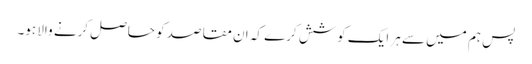
پس ہم میں سے ہر ایک کوشش کرے کہ ان مقاصد کو حاصل کرنے والا ہو۔